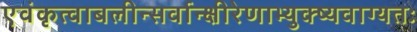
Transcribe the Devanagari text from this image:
एवंकृत्वाबलीन्सर्वान्क्षीरेणाभ्युक्ष्यवाग्यतः